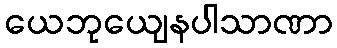
ယေဘုယျေနပါသာဏာ